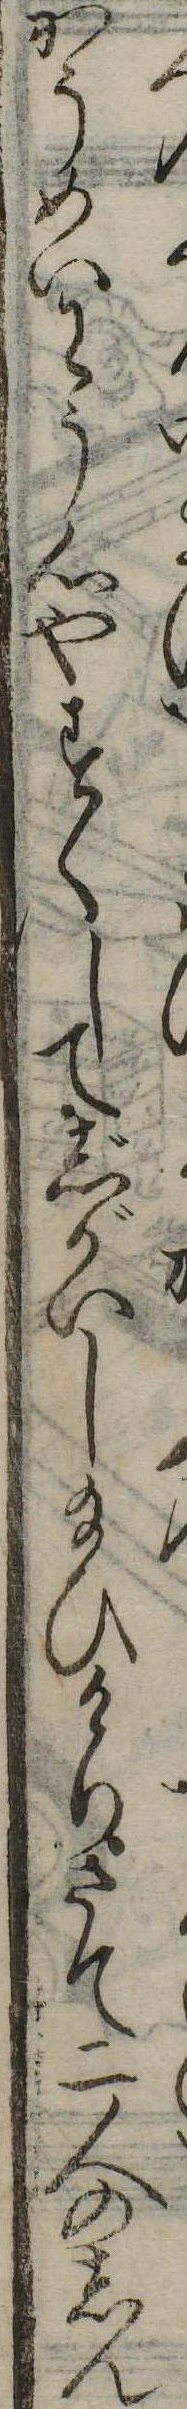
かうめいわう心やすくしてじがいし給ひけりさて二人のしん